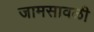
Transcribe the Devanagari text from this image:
जामसावळी